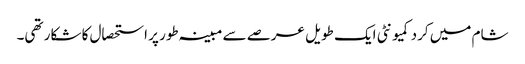
شام میں کرد کمیونٹی ایک طویل عرصے سے مبینہ طور پر استحصال کا شکار تھی۔